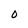
Character: 0